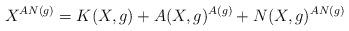
LaTeX: \begin{align*}X^{AN(g)}=K(X,g)+A(X,g)^{A(g)}+N(X,g)^{AN(g)}\end{align*}